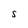
Character: S